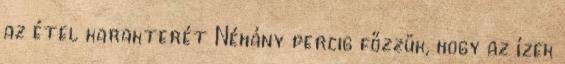
az étel karakterét Néhány percig főzzük, hogy az ízek